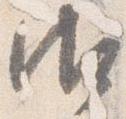
御